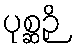
ပုစ္ဆဉှိ